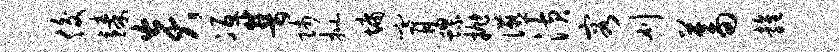
俊臻炎冱普师批墉膏螺抛宴潢容刈蓄雍